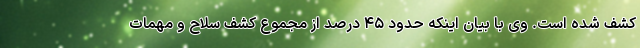
کشف شده است. وی با بیان اینکه حدود ۴۵ درصد از مجموع کشف سلاح و مهمات